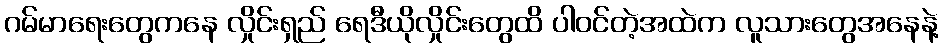
ဂမ်မာရေးတွေကနေ လှိုင်းရှည် ရေဒီယိုလှိုင်းတွေထိ ပါဝင်တဲ့အထဲက လူသားတွေအနေနဲ့